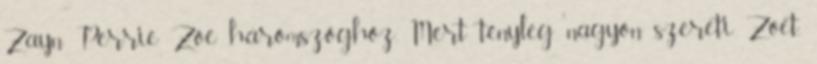
Zayn Perrie Zoe háromszöghöz. Mert tényleg nagyon szereti Zoet,